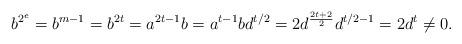
LaTeX: \begin{align*}b^{2^e}=b^{m-1}=b^{2t}=a^{2t-1}b=a^{t-1}bd^{t/2}=2d^{\frac{2t+2}{2}}d^{t/2-1}=2d^{t}\neq 0.\end{align*}